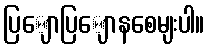
ပြျောပြျောနစေမျးပါ။